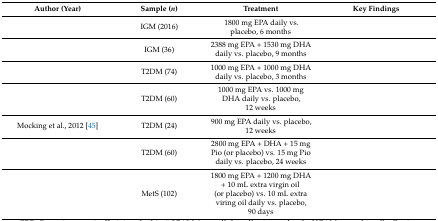
<table><thead><tr><td><b>Author (Year)</b></td><td><b>Sample (<i>n</i>)</b></td><td><b>Treatment</b></td><td><b>Key Findings</b></td></tr></thead><tbody><tr><td>[EMPTY_CELL]</td><td>IGM (2016)</td><td>1800 mg EPA daily vs. placebo, 6 months</td><td>[EMPTY_CELL]</td></tr><tr><td>[EMPTY_CELL]</td><td>IGM (36)</td><td>2388 mg EPA + 1530 mg DHA daily vs. placebo, 9 months</td><td>[EMPTY_CELL]</td></tr><tr><td>[EMPTY_CELL]</td><td>T2DM (74)</td><td>1000 mg EPA + 1000 mg DHA daily vs. placebo, 3 months</td><td>[EMPTY_CELL]</td></tr><tr><td>[EMPTY_CELL]</td><td>T2DM (60)</td><td>1000 mg EPA vs. 1000 mg DHA daily vs. placebo, 12 weeks</td><td>[EMPTY_CELL]</td></tr><tr><td>Mocking et al., 2012 [45]</td><td>T2DM (24)</td><td>900 mg EPA daily vs. placebo, 12 weeks</td><td>[EMPTY_CELL]</td></tr><tr><td>[EMPTY_CELL]</td><td>T2DM (60)</td><td>2800 mg EPA + DHA + 15 mg Pio (or placebo) vs. 15 mg Pio daily vs. placebo, 24 weeks</td><td>[EMPTY_CELL]</td></tr><tr><td>[EMPTY_CELL]</td><td>MetS (102)</td><td>1800 mg EPA + 1200 mg DHA + 10 mL extra virgin oil (or placebo) vs. 10 mL extra viring oil daily vs. placebo, 90 days</td><td>[EMPTY_CELL]</td></tr></tbody></table>